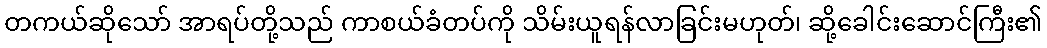
တကယ်ဆိုသော် အာရပ်တို့သည် ကာစယ်ခံတပ်ကို သိမ်းယူရန်လာခြင်းမဟုတ်၊ ဆို့ခေါင်းဆောင်ကြီး၏